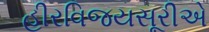
હીરવિજયસૂરીએ